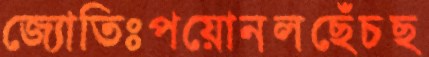
জ্যোতিঃপয়োনলছেঁচছ